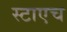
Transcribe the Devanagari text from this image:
स्टाएच